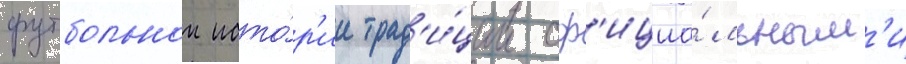
футбольнои исто́р'ии трад'и́ции оф'ициа́льным'и